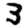
Digit: 3